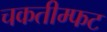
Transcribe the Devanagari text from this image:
चकतीम्फट